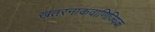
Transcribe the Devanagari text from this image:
खतरनाकवाणिज्यिक